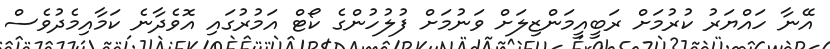
އޭނާ ހައްޔަރު ކުރުމަށް ރަބީއީމަންޒިލަށް ވަނުމަށް ފުލުހުންގެ ކޯޓް އަމުރުގައި އޮވެދާނެ ކަމާއިމެދުވެސް